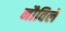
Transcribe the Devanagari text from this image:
नौविले